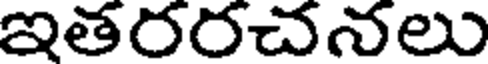
ఇతరరచనలు